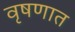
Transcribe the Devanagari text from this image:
वृषणात